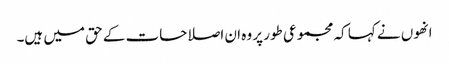
انھوں نے کہا کہ مجموعی طور پر وہ ان اصلاحات کے حق میں ہیں۔